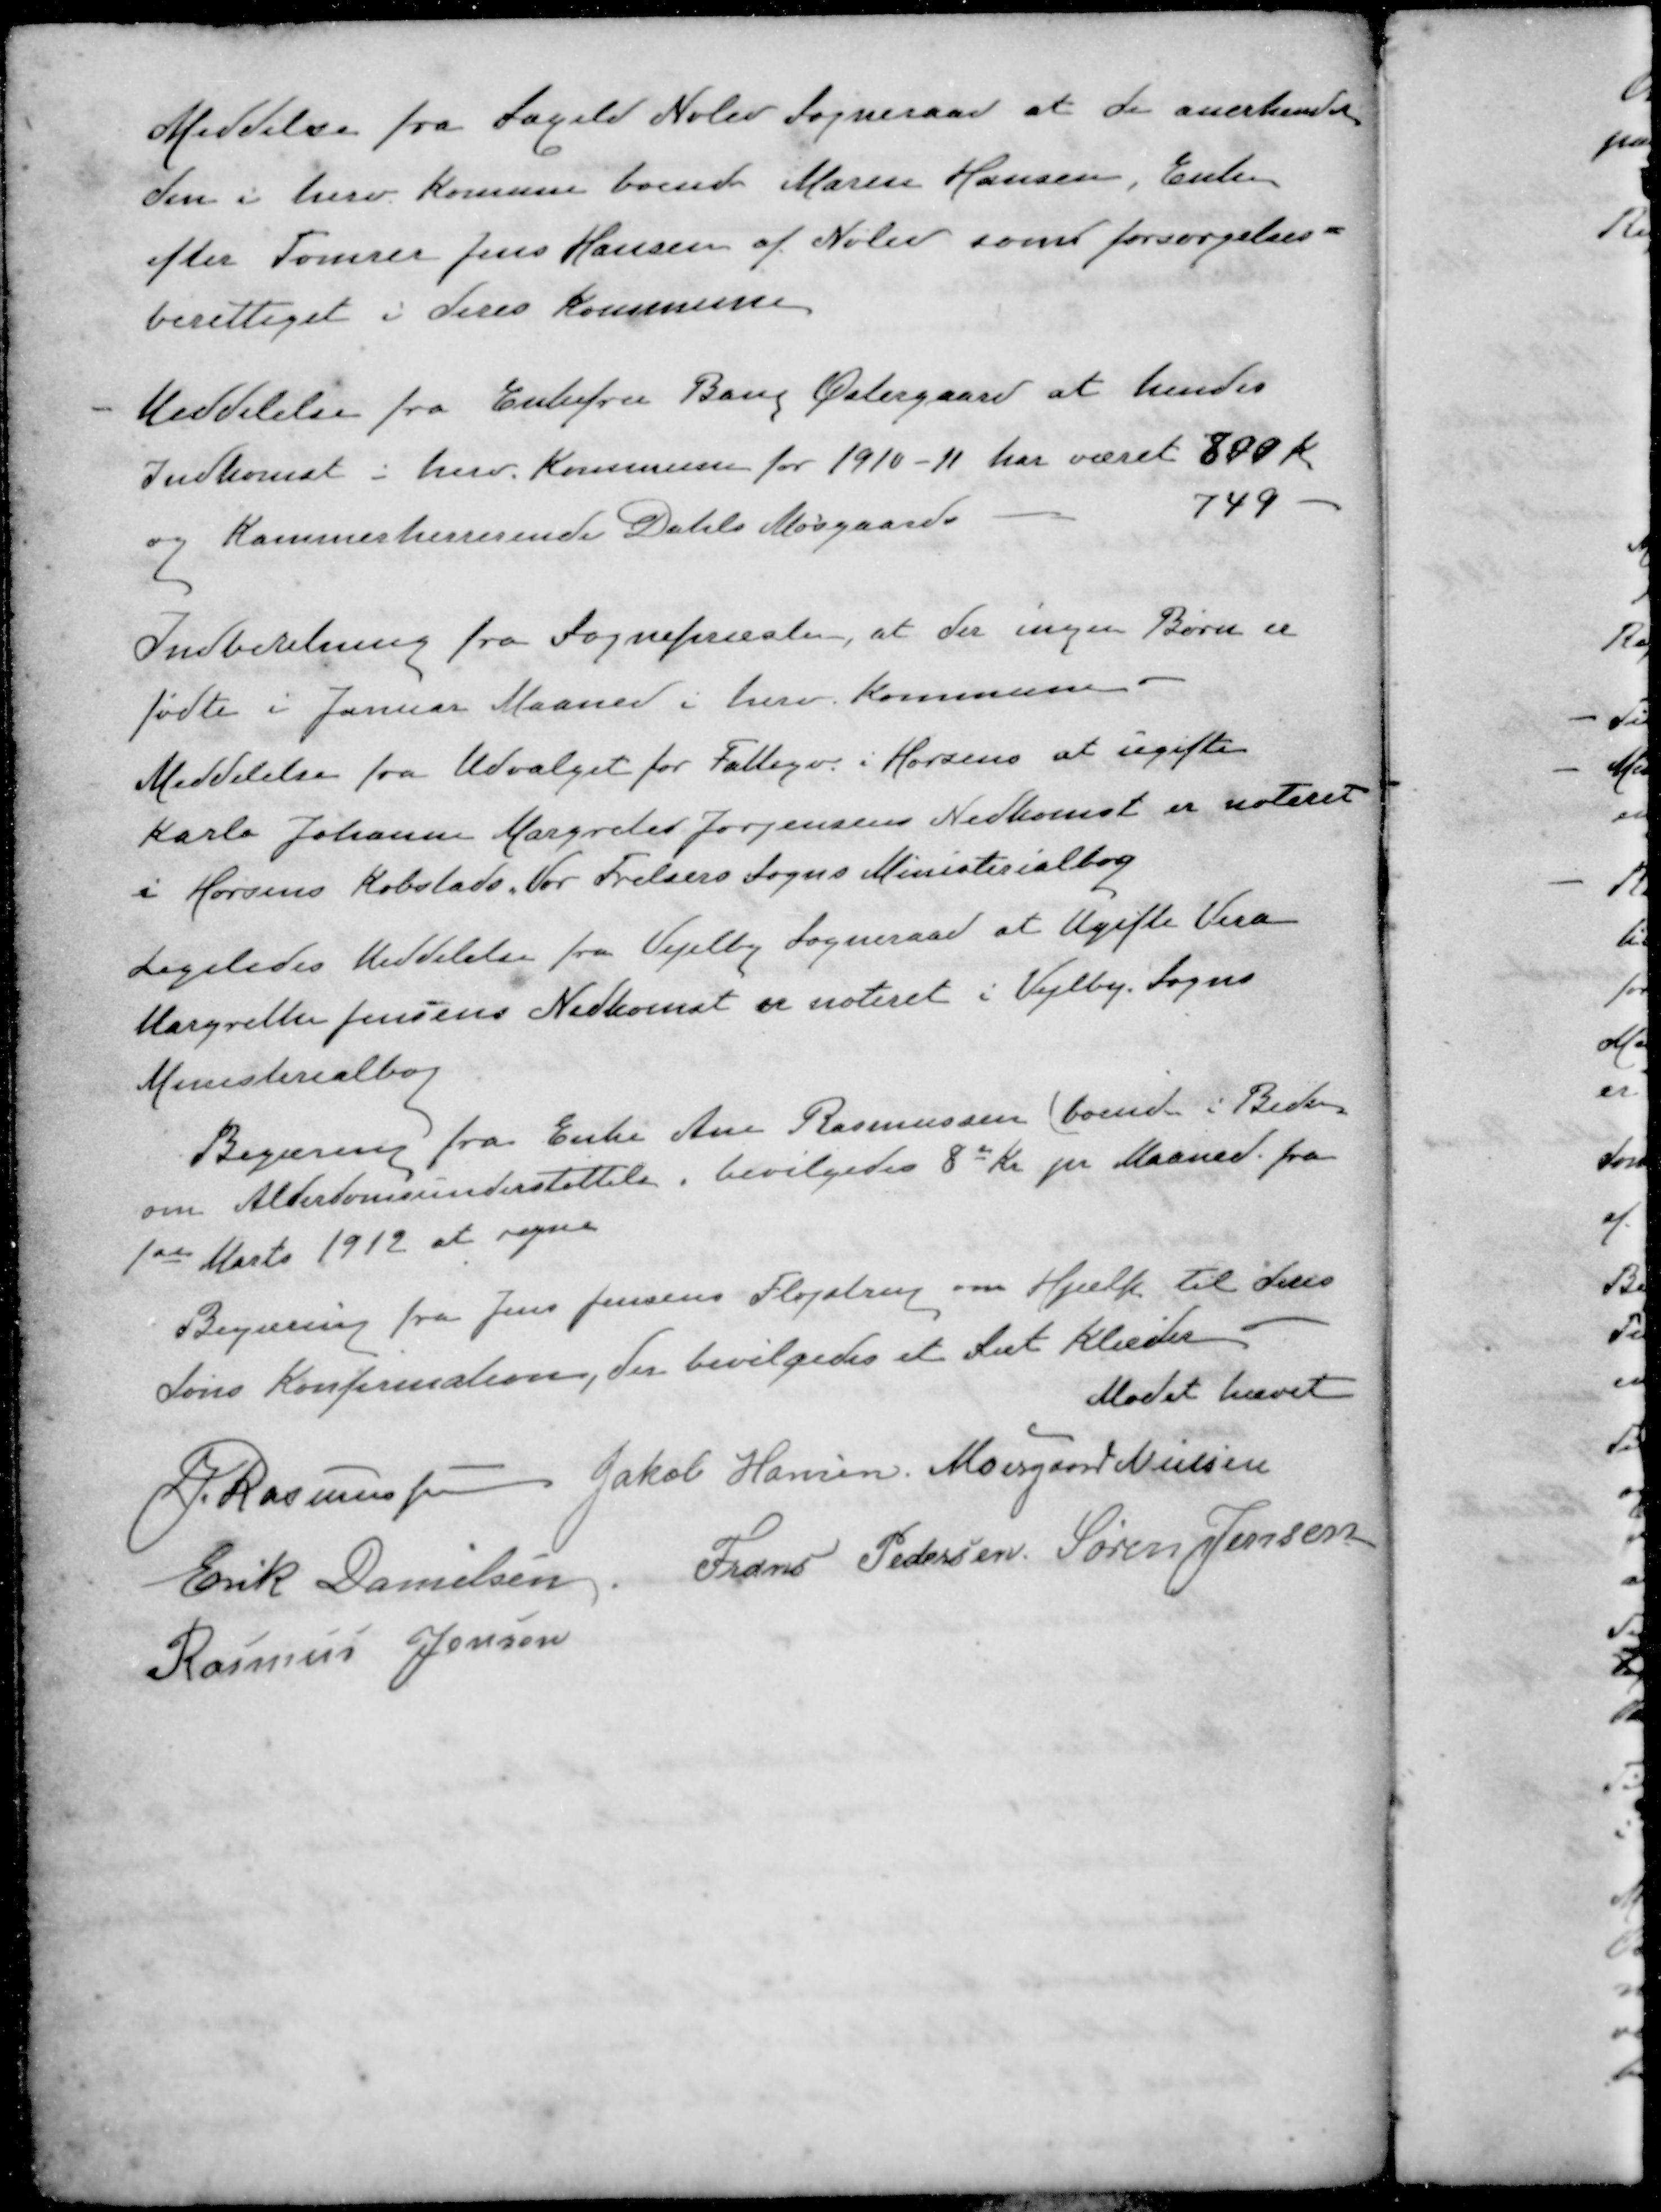
Transskription:
Meddelse fra Saxild Nølev Sogneraad at de anerkender
den i herv. Komune boende Maren Hansen, Enke
efter Tømrer Jens Hansen af Nølev som forsørgelses-
berettiget i deres Kommune
Meddelelse fra Enkefru Bang Østergaard at hendes
Indkomst i herv. Kommune for 1910-11 har været 800 Kr.
og Kammerherreinde Dahls Mosgaard 749
Indberetning fra Sognepræsten, at der ingen Børn er
fødte i Januar Maaned i herv. Kommune
Meddelelse fra Udvalget for Fattigv. i Horsens at ugifte
Karla Johanne Margrete Jørgensens Nedkomst er noteret
i Horsens Købstads Vor Frelsers Sogns Ministerialbog
Ligeledes Meddelelse fra Vejelby Sogneraad at Ugifte Vera
Margrethe Jensens Nedkomst er noteret i Vejlby Sogns
Ministerialbog
Begæring fra Enke Ane Rasmussen (boende i Beder
om Alderdomsunderstøttelse, bevilgedes 8 Kr pr Maaned fra
1ste Marts 1912 at regne
Begæring fra Jens Jensen Fløjstrup om Hjælp til deres
Søns Konfirmation, der bevilgedes et Sæt Klæder
Mødet hævet
J Rasmussen
Jakob Hansen
Moesgaard Nielsen
Erik Danielsen
Frans Pedersen
Søren Jensen
Rasmus Jensen